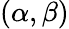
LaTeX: \left(\alpha,\beta\right)